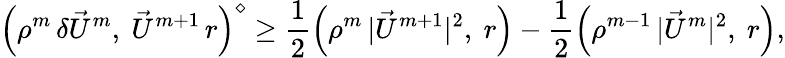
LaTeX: \Bigl(\rho^{m}\, \delta\vec{U}^{m},~\vec{U}^{m+1}\, r\Bigr)^{\diamond}\geq\frac{1}{2}\Bigl(\rho^{m}\, |\vec{U}^{m+1}|^{2},~r\Bigr)-\frac{1}{2}\Bigl(\rho^{m-1}\, |\vec{U}^{m}|^{2},~r\Bigr),